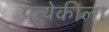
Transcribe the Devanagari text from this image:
प्रत्येकीला